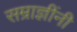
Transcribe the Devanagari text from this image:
सम्राज्ञींनी